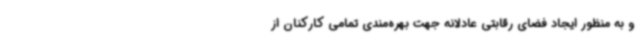
و به منظور ایجاد فضای رقابتی عادلانه جهت بهره‌مندی تمامی کارکنان از